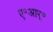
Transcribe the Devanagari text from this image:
ए॰आर्॰